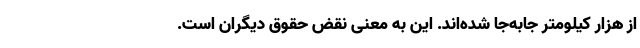
از هزار کیلومتر جابه‌جا شده‌اند. این به معنی نقض حقوق دیگران است.